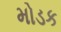
મોડક